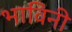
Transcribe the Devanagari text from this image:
भाविनी